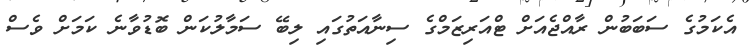
އެކަމުގެ ސަބަބުން ރާއްޖެއަށް ޓްއަރިޒަމްގެ ސިނާއަތުގައި ލިބޭ ސަމާލުކަން ބޮޑުވާނެ ކަމަށް ވެސް